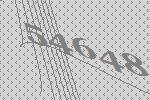
54648